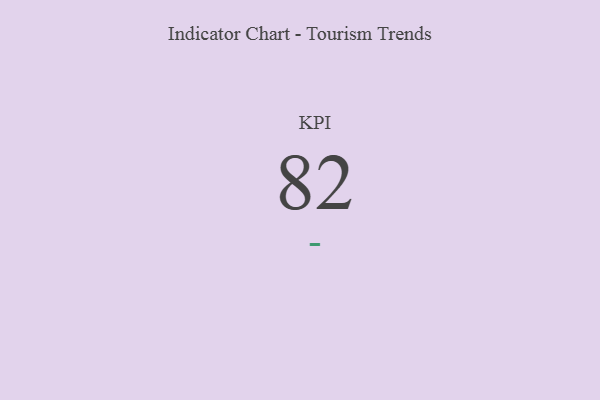
{"axis": {"x": "KPI", "y": "Value"}, "legend": [""], "data": [{"x": "KPI", "y": 82, "type": ""}]}